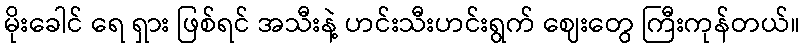
မိုးခေါင် ရေ ရှား ဖြစ်ရင် အသီးနဲ့ ဟင်းသီးဟင်းရွက် ဈေးတွေ ကြီးကုန်တယ်။